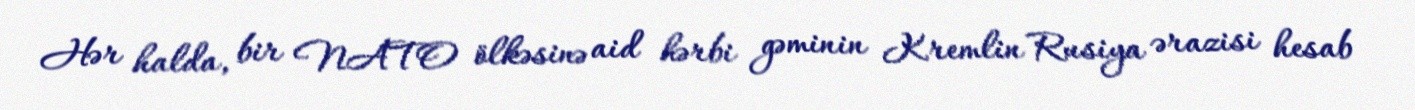
Hər halda, bir NATO ölkəsinə aid hərbi gəminin Kremlin Rusiya ərazisi hesab